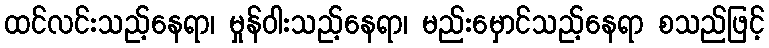
ထင်လင်းသည့်နေရာ၊ မှုန်ဝါးသည့်နေရာ၊ မည်းမှောင်သည့်နေရာ စသည်ဖြင့်